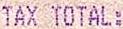
TAX TOTAL: